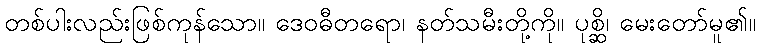
တစ်ပါးလည်းဖြစ်ကုန်သော။ ဒေဝဓီတရော၊ နတ်သမီးတို့ကို။ ပုစ္ဆိ၊ မေးတော်မူ၏။